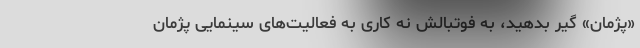
«پژمان» گیر بدهید، به فوتبالش نه کاری به فعالیت‌های سینمایی پژمان